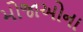
મોજાઓના